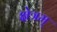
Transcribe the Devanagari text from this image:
क्षेत्रम्